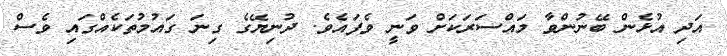
އަދި އުޅެން ބޭނުންވާ މައްސަރަކަށް ވަނީ ވެފައެވެ. ދުނިޔޭގެ ގިނަ ގައުމުތަކެއްގައި ވެސް